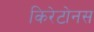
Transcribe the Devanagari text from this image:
किरेटोनस